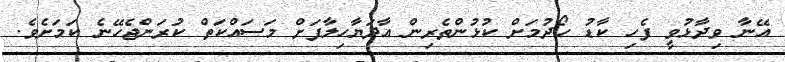
އޭނާ ވިދާޅުވީ ފެހި ކާޑު ހޯދުމަށް ކުޅުންތެރިން އާދަޔާހިލާފަށް މަސައްކަތް ކުރަންޖެހޭނެ ކަމަށެވެ.